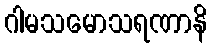
ဂါမသမောသရဏာနိ